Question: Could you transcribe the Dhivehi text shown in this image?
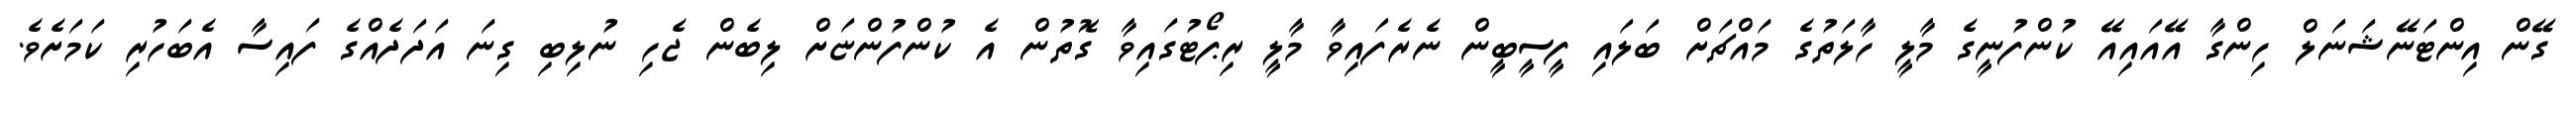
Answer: ގޭން އިންޓަނޭޝަނަލް ހިންގާ އޭއައިއޭ ކުންފުނީގެ މާލީ ހާލަތުގެ މައްޗަށް ބަލައި ފީސީބީން ނެރެފައިވާ މާލީ ރިޕޯޓުގައިވާ ގޮތުން އެ ކުންފުންޏަށް ލިބެން ޖެހި ނުލިބި ގިނަ އަދަދެއްގެ ފައިސާ އެބަހުރި ކަމަށެވެ.